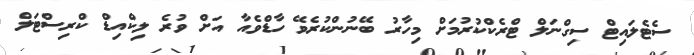
ސެޓެލައިޓް ސިގްނަލް ޓްރެކްކުރުމަށް މިހާރު ބޭނުންކުރެވޭ ހާޑްވެއާ އަށް ވުރެ ލިކްއިޑް ކްރިސްޓަލް